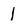
Character: 1